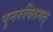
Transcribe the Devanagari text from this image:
पुनरुक्तिमत्